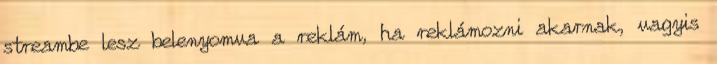
streambe lesz belenyomva a reklám, ha reklámozni akarnak, vagyis